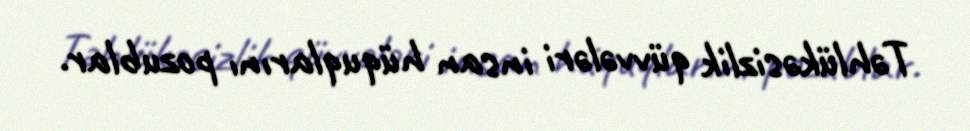
Təhlükəsizlik qüvvələri insan hüquqlarını pozublar.